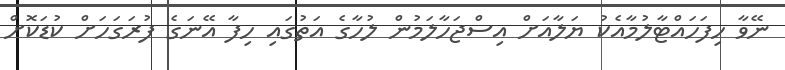
ނޭވާ ހިފަހައްޓާލުމާއެކު ޔަލާއަށް އިސްޖަހާލަމުން ލުހާގެ އަތުގައި ހިފާ އޭނަގެ ފުރަގަހަށް ކުޑަކޮށް